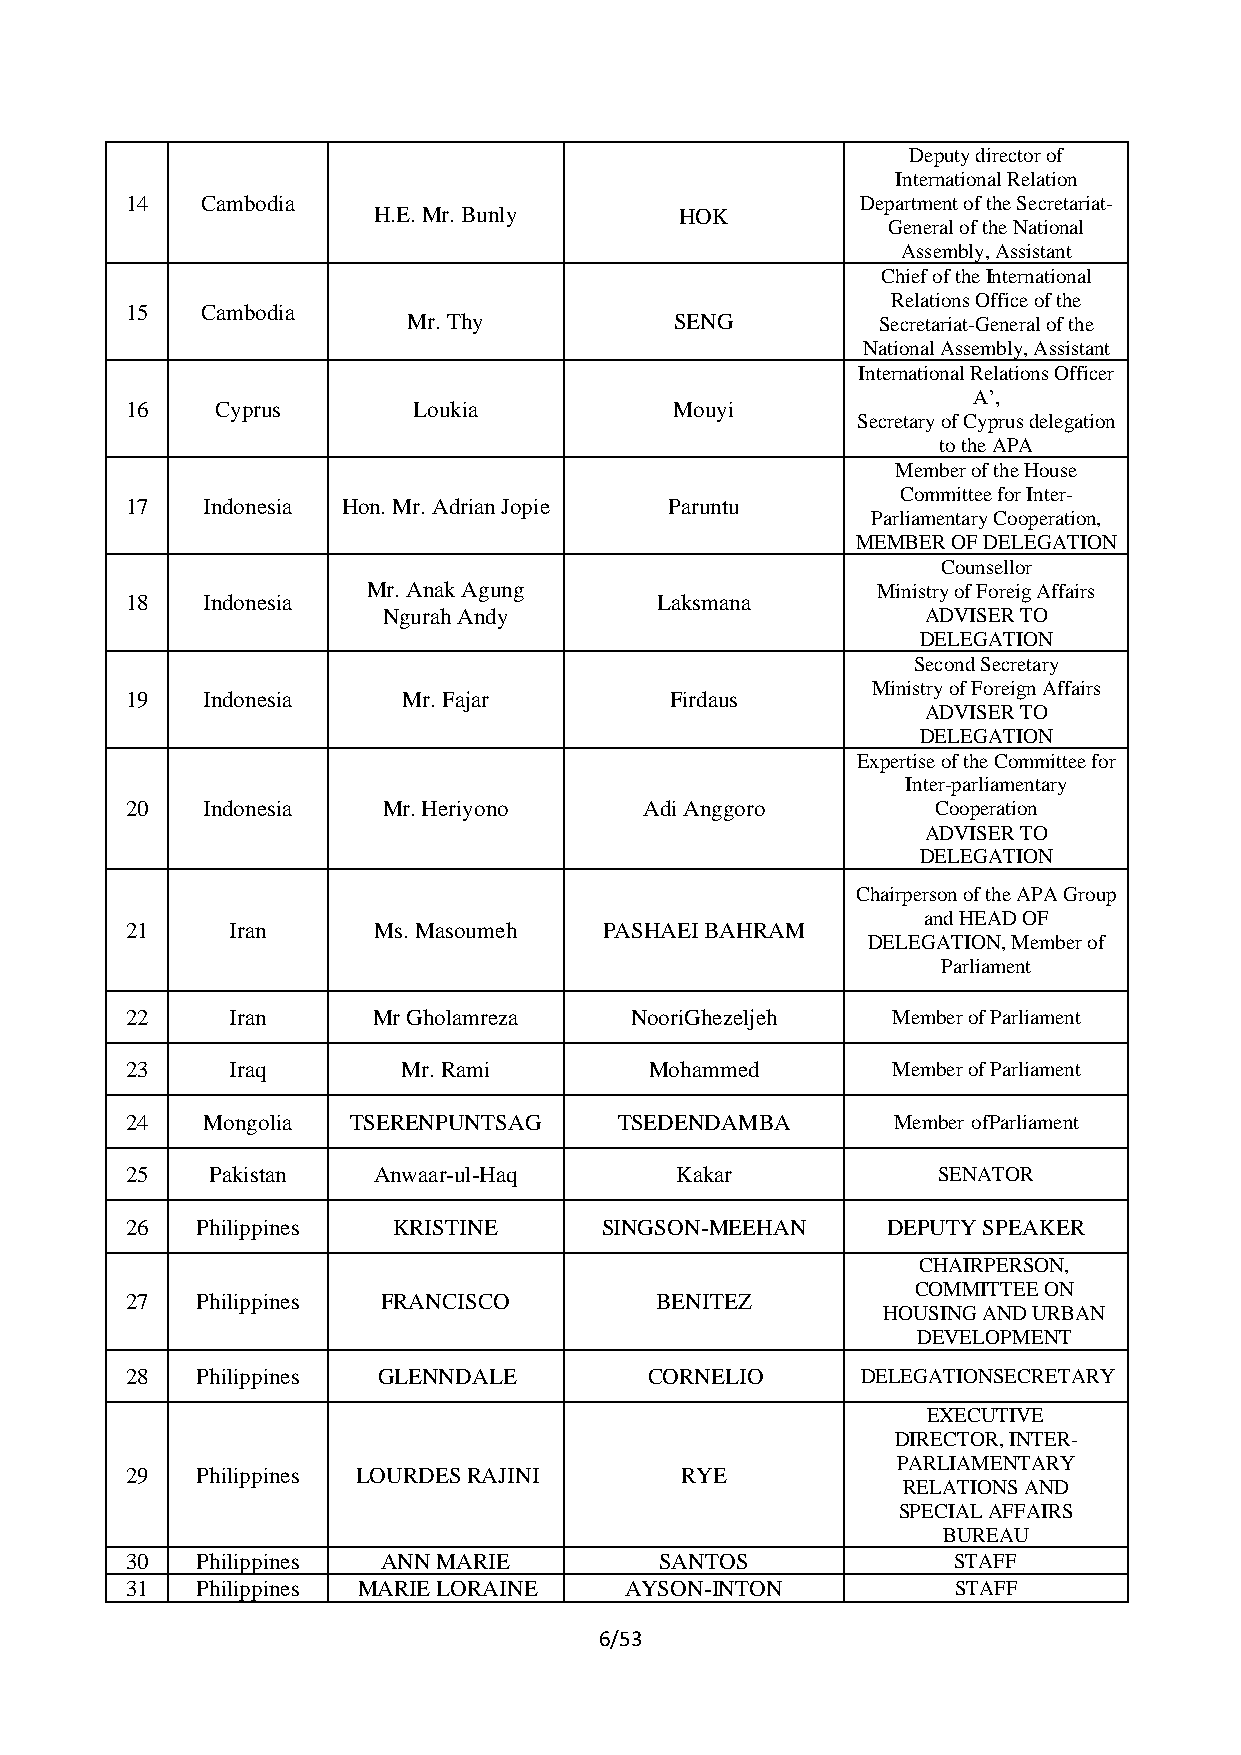
Deputy director of
 International Relation
 14   Cambodia                                    Department of the Secretariat-
 H.E. Mr. Bunly      HOK
 General of the National
 Assembly, Assistant
 Chief of the International
 Relations Office of the
 15   Cambodia
 Mr. Thy           SENG         Secretariat-General of the
 National Assembly, Assistant
 International Relations Officer
 A’,
 16    Cyprus       Loukia            Mouyi
 Secretary of Cyprus delegation
 to the APA
 Member of the House
 Committee for Inter-
 17   Indonesia Hon. Mr. Adrian Jopie Paruntu
 Parliamentary Cooperation,
 MEMBER OF DELEGATION
 Counsellor
 Mr. Anak Agung                    Ministry of Foreig Affairs
 18   Indonesia                     Laksmana
 Ngurah Andy                         ADVISER TO
 DELEGATION
 Second Secretary
 Ministry of Foreign Affairs
 19   Indonesia     Mr. Fajar        Firdaus
 ADVISER TO
 DELEGATION
 Expertise of the Committee for
 Inter-parliamentary
 20   Indonesia   Mr. Heriyono      Adi Anggoro        Cooperation
 ADVISER TO
 DELEGATION
 Chairperson of the APA Group
 and HEAD OF
 21     Iran      Ms. Masoumeh   PASHAEI BAHRAM
 DELEGATION, Member of
 Parliament
 22     Iran      Mr Gholamreza    NooriGhezeljeh   Member of Parliament
 23     Iraq        Mr. Rami        Mohammed        Member of Parliament
 24   Mongolia  TSERENPUNTSAG     TSEDENDAMBA       Member of Parliament
 25    Pakistan   Anwaar-ul-Haq       Kakar            SENATOR
 26   Philippines  KRISTINE      SINGSON-MEEHAN     DEPUTY SPEAKER
 CHAIRPERSON,
 COMMITTEE ON
 27   Philippines FRANCISCO         BENITEZ
 HOUSING AND URBAN
 DEVELOPMENT
 28   Philippines GLENNDALE         CORNELIO      DELEGATION SECRETARY
 EXECUTIVE
 DIRECTOR, INTER-
 PARLIAMENTARY
 29   Philippines LOURDES RAJINI      RYE
 RELATIONS AND
 SPECIAL AFFAIRS
 BUREAU
 30   Philippines ANN MARIE          SANTOS             STAFF
 31   Philippines MARIE LORAINE   AYSON-INTON           STAFF
 6/53